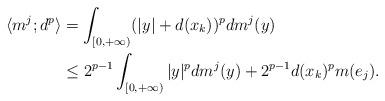
LaTeX: \begin{align*} \langle m^{j}; d^p \rangle&= \int_{[0,+\infty)}(|y| + d(x_k))^p dm^{j}(y)\\&\leq 2^{p-1}\int_{[0,+\infty)}|y|^p dm^{j}(y) +2^{p-1}d(x_k)^p m(e_j).\end{align*}